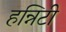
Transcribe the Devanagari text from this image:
हन्निटी